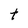
Character: t